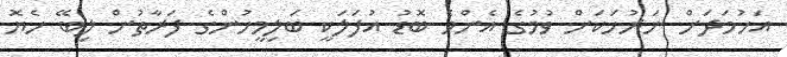
އަހުމަދަށް ނަރުހަކަށް ވުމުގެ އެންމެ ބޮޑު އުފަލަކީ ބަލިމީހުންގެ ފަރާތުން ލިބޭ ހެޔޮ